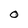
Character: O